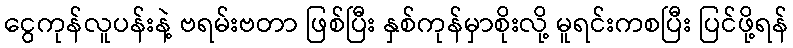
ငွေကုန်လူပန်းနဲ့ ဗရမ်းဗတာ ဖြစ်ပြီး နှစ်ကုန်မှာစိုးလို့ မူရင်းကစပြီး ပြင်ဖို့ရန်